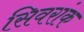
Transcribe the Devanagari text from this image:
सिवरांक